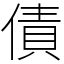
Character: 債